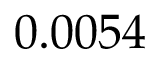
\phantom { - } 0 . 0 0 5 4